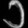
Digit: ၁